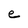
Character: e